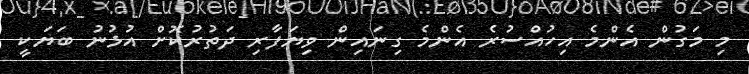
މި މަގުން އެންމެ އިހުއްސުރެ އެންމެ ގިނައިން ވިޔަފާރި ދަތުރުކޮށް އުޅުނު ބަޔަކީ